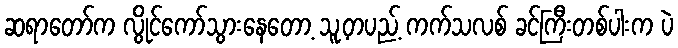
ဆရာတော်က လွိုင်ကော်သွားနေတော့ သူ့တပည့် ကက်သလစ် ခင်ကြီးတစ်ပါးက ပဲ